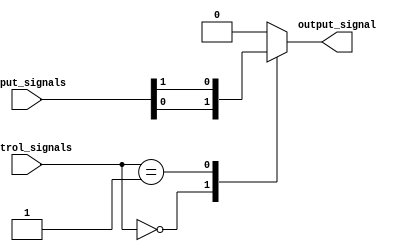
module multiplexer512to1 (
    input [8:0] control_signals,
    input [511:0] input_signals,
    output reg output_signal
);

always @(*)
begin
    case(control_signals)
        9'b000000000: output_signal = input_signals[0];
        9'b000000001: output_signal = input_signals[1];
        // continue for all 512 cases
        default: output_signal = 0; // default case when control signal is not valid
    endcase
end

endmodule